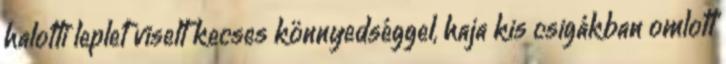
halotti leplet viselt kecses könnyedséggel, haja kis csigákban omlott